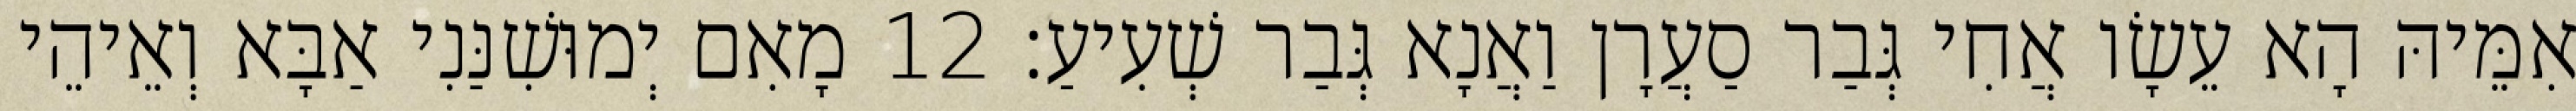
אִמֵּיהּ הָא עֵשָׂו אֲחִי גְּבַר סַעֲרָן וַאֲנָא גְּבַר שְׁעִיעַ׃ 12 מָאִם יְמוּשִׁנַּנִי אַבָּא וְאֵיהֵי